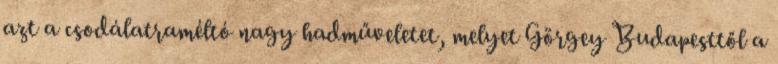
azt a csodálatraméltó nagy hadműveletet, melyet Görgey Budapesttől a